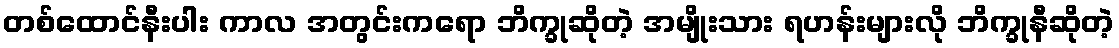
တစ်ထောင်နီးပါး ကာလ အတွင်းကရော ဘိက္ခုဆိုတဲ့ အမျိုးသား ရဟန်းများလို ဘိက္ခုနီဆိုတဲ့